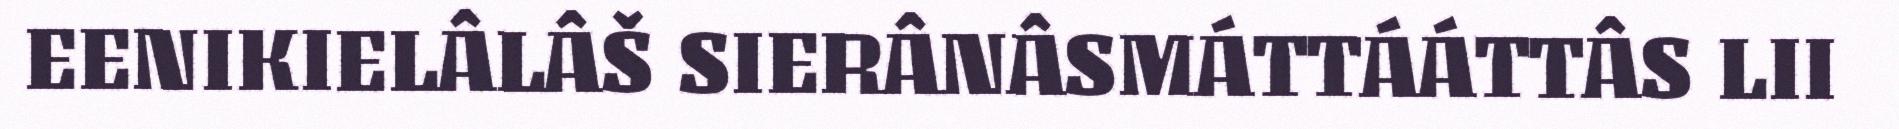
EENIKIELÂLÂŠ SIERÂNÂSMÁTTÁÁTTÂS LII